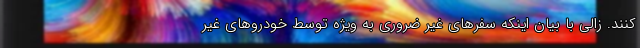
کنند. زالی با بیان اینکه سفرهای غیر ضروری به ویژه توسط خودروهای غیر